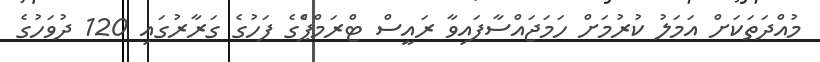
މުއްދަތަކަށް އަމަލު ކުރުމަށް ހަމަޖައްސާފައިވާ ރައީސް ޓްރަމްޕްެގެ ފަހުގެ ގަރާރުގައި 120 ދުވަހުގެ